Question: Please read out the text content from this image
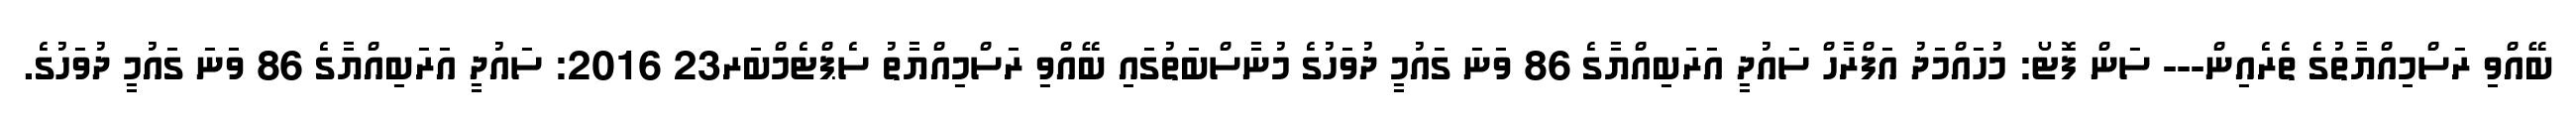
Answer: ބޭއްވި ރަސްމިއްޔާތުގެ ތެރެއިން--- ސަން ފޮޓޯ: މުހައްމަދު އަފްރާހް ސައުދީ އަރަބިއްޔާގެ 86 ވަނަ ގައުމީ ދުވަހުގެ މުނާސްބަތުގައި ބޭއްވި ރަސްމިއްޔާތު ސެޕްޓެމްބަރ23 2016: ސައުދީ އަރަބިއްޔާގެ 86 ވަނަ ގައުމީ ދުވަހުގެ.